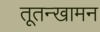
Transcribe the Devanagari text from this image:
तूतन्खामन